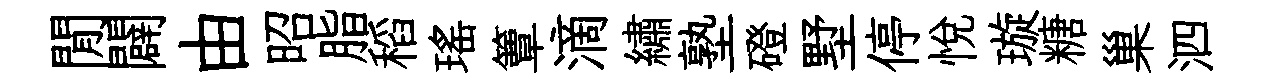
閒闢由昭脂稻瑤簟滴繡塾磴墅停悦璇糖巢泗